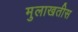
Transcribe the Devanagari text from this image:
मुलाखतीस